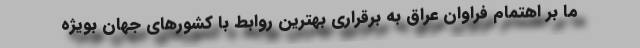
ما بر اهتمام فراوان عراق به برقراری بهترین روابط با کشورهای جهان بویژه